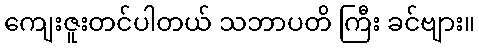
ကျေးဇူးတင်ပါတယ် သဘာပတိ ကြီး ခင်ဗျား။